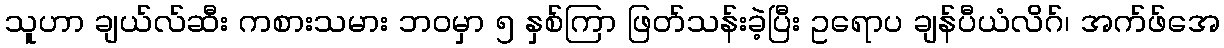
သူဟာ ချယ်လ်ဆီး ကစားသမား ဘဝမှာ ၅ နှစ်ကြာ ဖြတ်သန်းခဲ့ပြီး ဥရောပ ချန်ပီယံလိဂ်၊ အက်ဖ်အေ